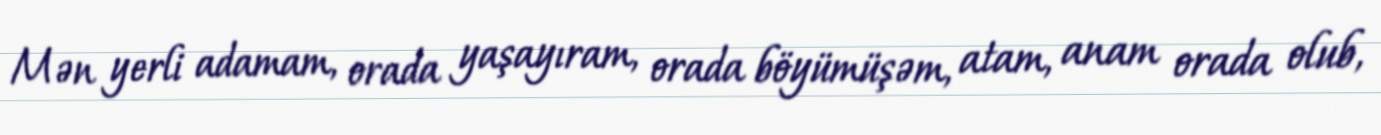
Mən yerli adamam, orada yaşayıram, orada böyümüşəm, atam, anam orada olub,